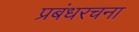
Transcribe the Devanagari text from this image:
प्रबंधरचना